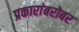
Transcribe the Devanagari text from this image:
प्रकारांबरोबर